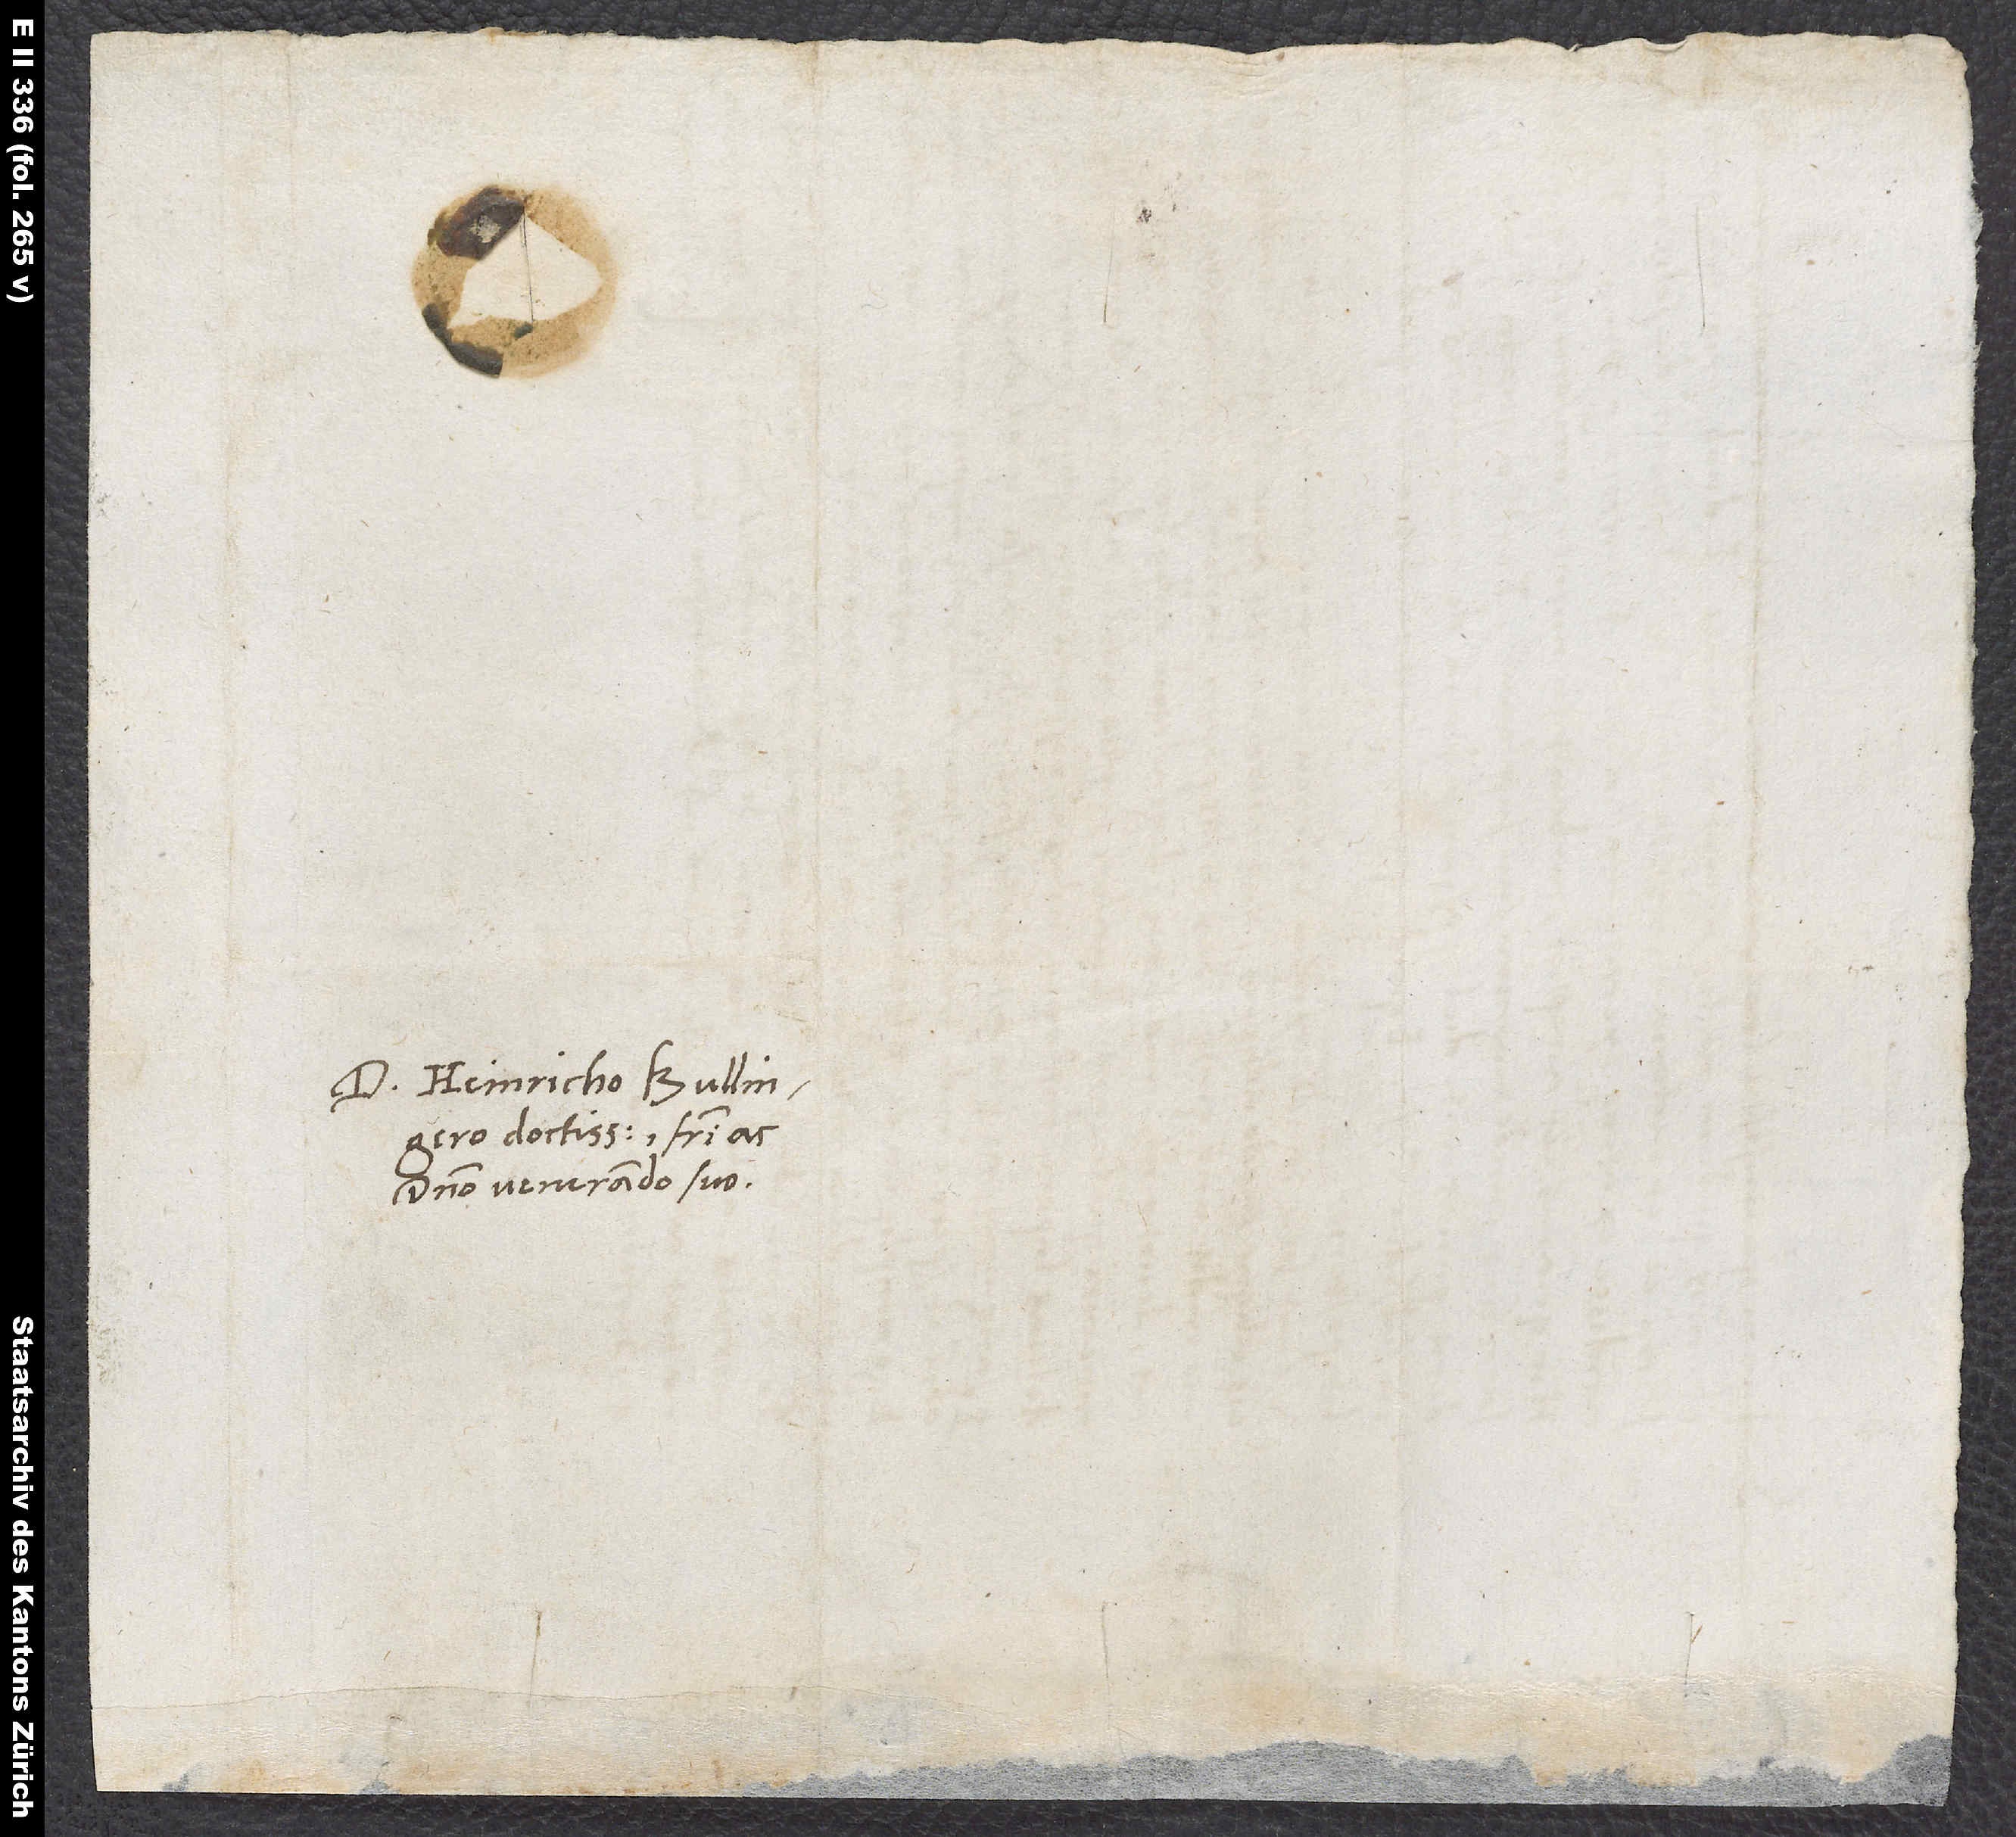
D. Heinricho Bullingero
doctissimo, fratri ac
domino venerando suo.